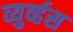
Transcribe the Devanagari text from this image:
व्युर्व्हस